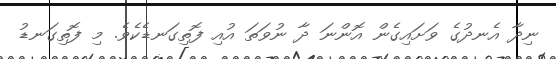
ނިދާ އެނދުގެ ވަށައިގެން އޮންނަ ދާ ނުވަތަ އުއި ފޮތިގަނޑެކެވެ. މި ފޮތިގަނޑު